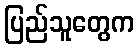
ပြည်သူတွေက